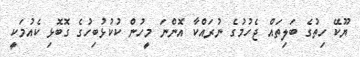
ޔޫކޭ ހިތުގެ ބަލިތައް ޖެހުމުގެ ނުރައްކާ އޮންނަ މީހުން ކުކުޅުބިހުގެ ގޮބޮޅި ކެއުމަކީ